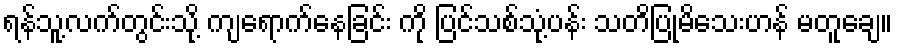
ရန်သူ့လက်တွင်းသို့ ကျရောက်နေခြင်း ကို ပြင်သစ်သုံ့ပန်း သတိပြုမိသေးဟန် မတူချေ။